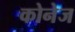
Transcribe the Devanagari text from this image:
कोनेज